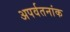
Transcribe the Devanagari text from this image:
अपर्वतनांक